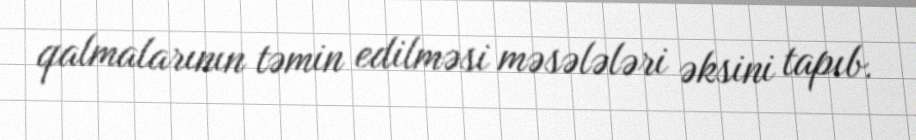
qalmalarının təmin edilməsi məsələləri əksini tapıb.